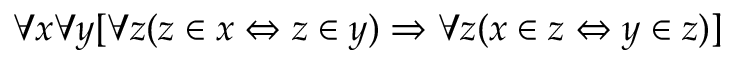
\forall x \forall y [ \forall z ( z \in x \Leftrightarrow z \in y ) \Rightarrow \forall z ( x \in z \Leftrightarrow y \in z ) ]